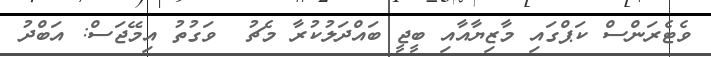
ވެޓެރަންސް ކަޕްގައި މާޒިޔާއާއި ބީޖީ ބައްދަލުކުރާ މެޗު  ވަގުތު އިމޭޖަސް: އަބްދު